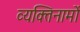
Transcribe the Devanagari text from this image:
व्यक्‍तिनामों